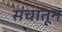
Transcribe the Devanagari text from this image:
संचातून